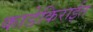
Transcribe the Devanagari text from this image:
काडेकिराईत